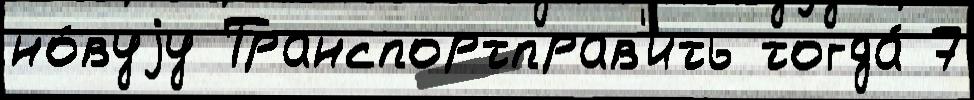
но́вуjу Транспортправ'ить тогда́ 7